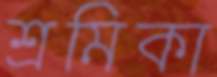
শ্রমিকা